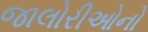
જાલોરીઓનો